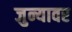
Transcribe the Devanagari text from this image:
जुन्यावर